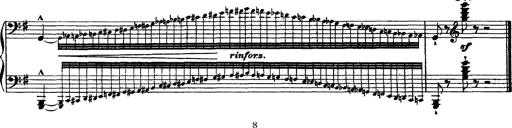
Title: Grandes Ã©tudes de Paganini
Composer: Franz Liszt